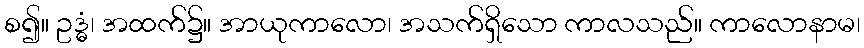
စ၍။ ဥဒ္ဓံ၊ အထက်၌။ အာယုကာလော၊ အသက်ရှိသော ကာလသည်။ ကာလောနာမ၊